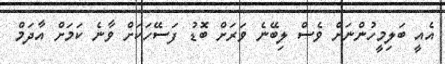
އެެއީ ބަލިމީހުންނަށް ވެސް ލިބޭނެ ވަރަށް ބޮޑު ފަސޭހަކަށް ވާނެ ކަމަށް އާދަމް